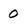
Character: 0